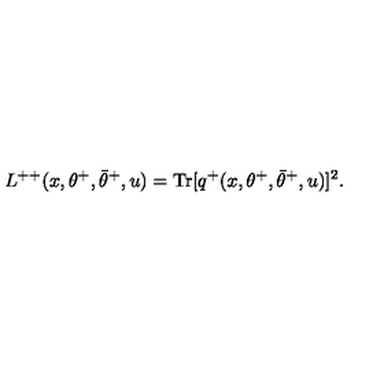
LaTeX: L ^ { + + } ( x , \theta ^ { + } , \bar { \theta } ^ { + } , u ) = \mathrm { T r } [ q ^ { + } ( x , \theta ^ { + } , \bar { \theta } ^ { + } , u ) ] ^ { 2 } .